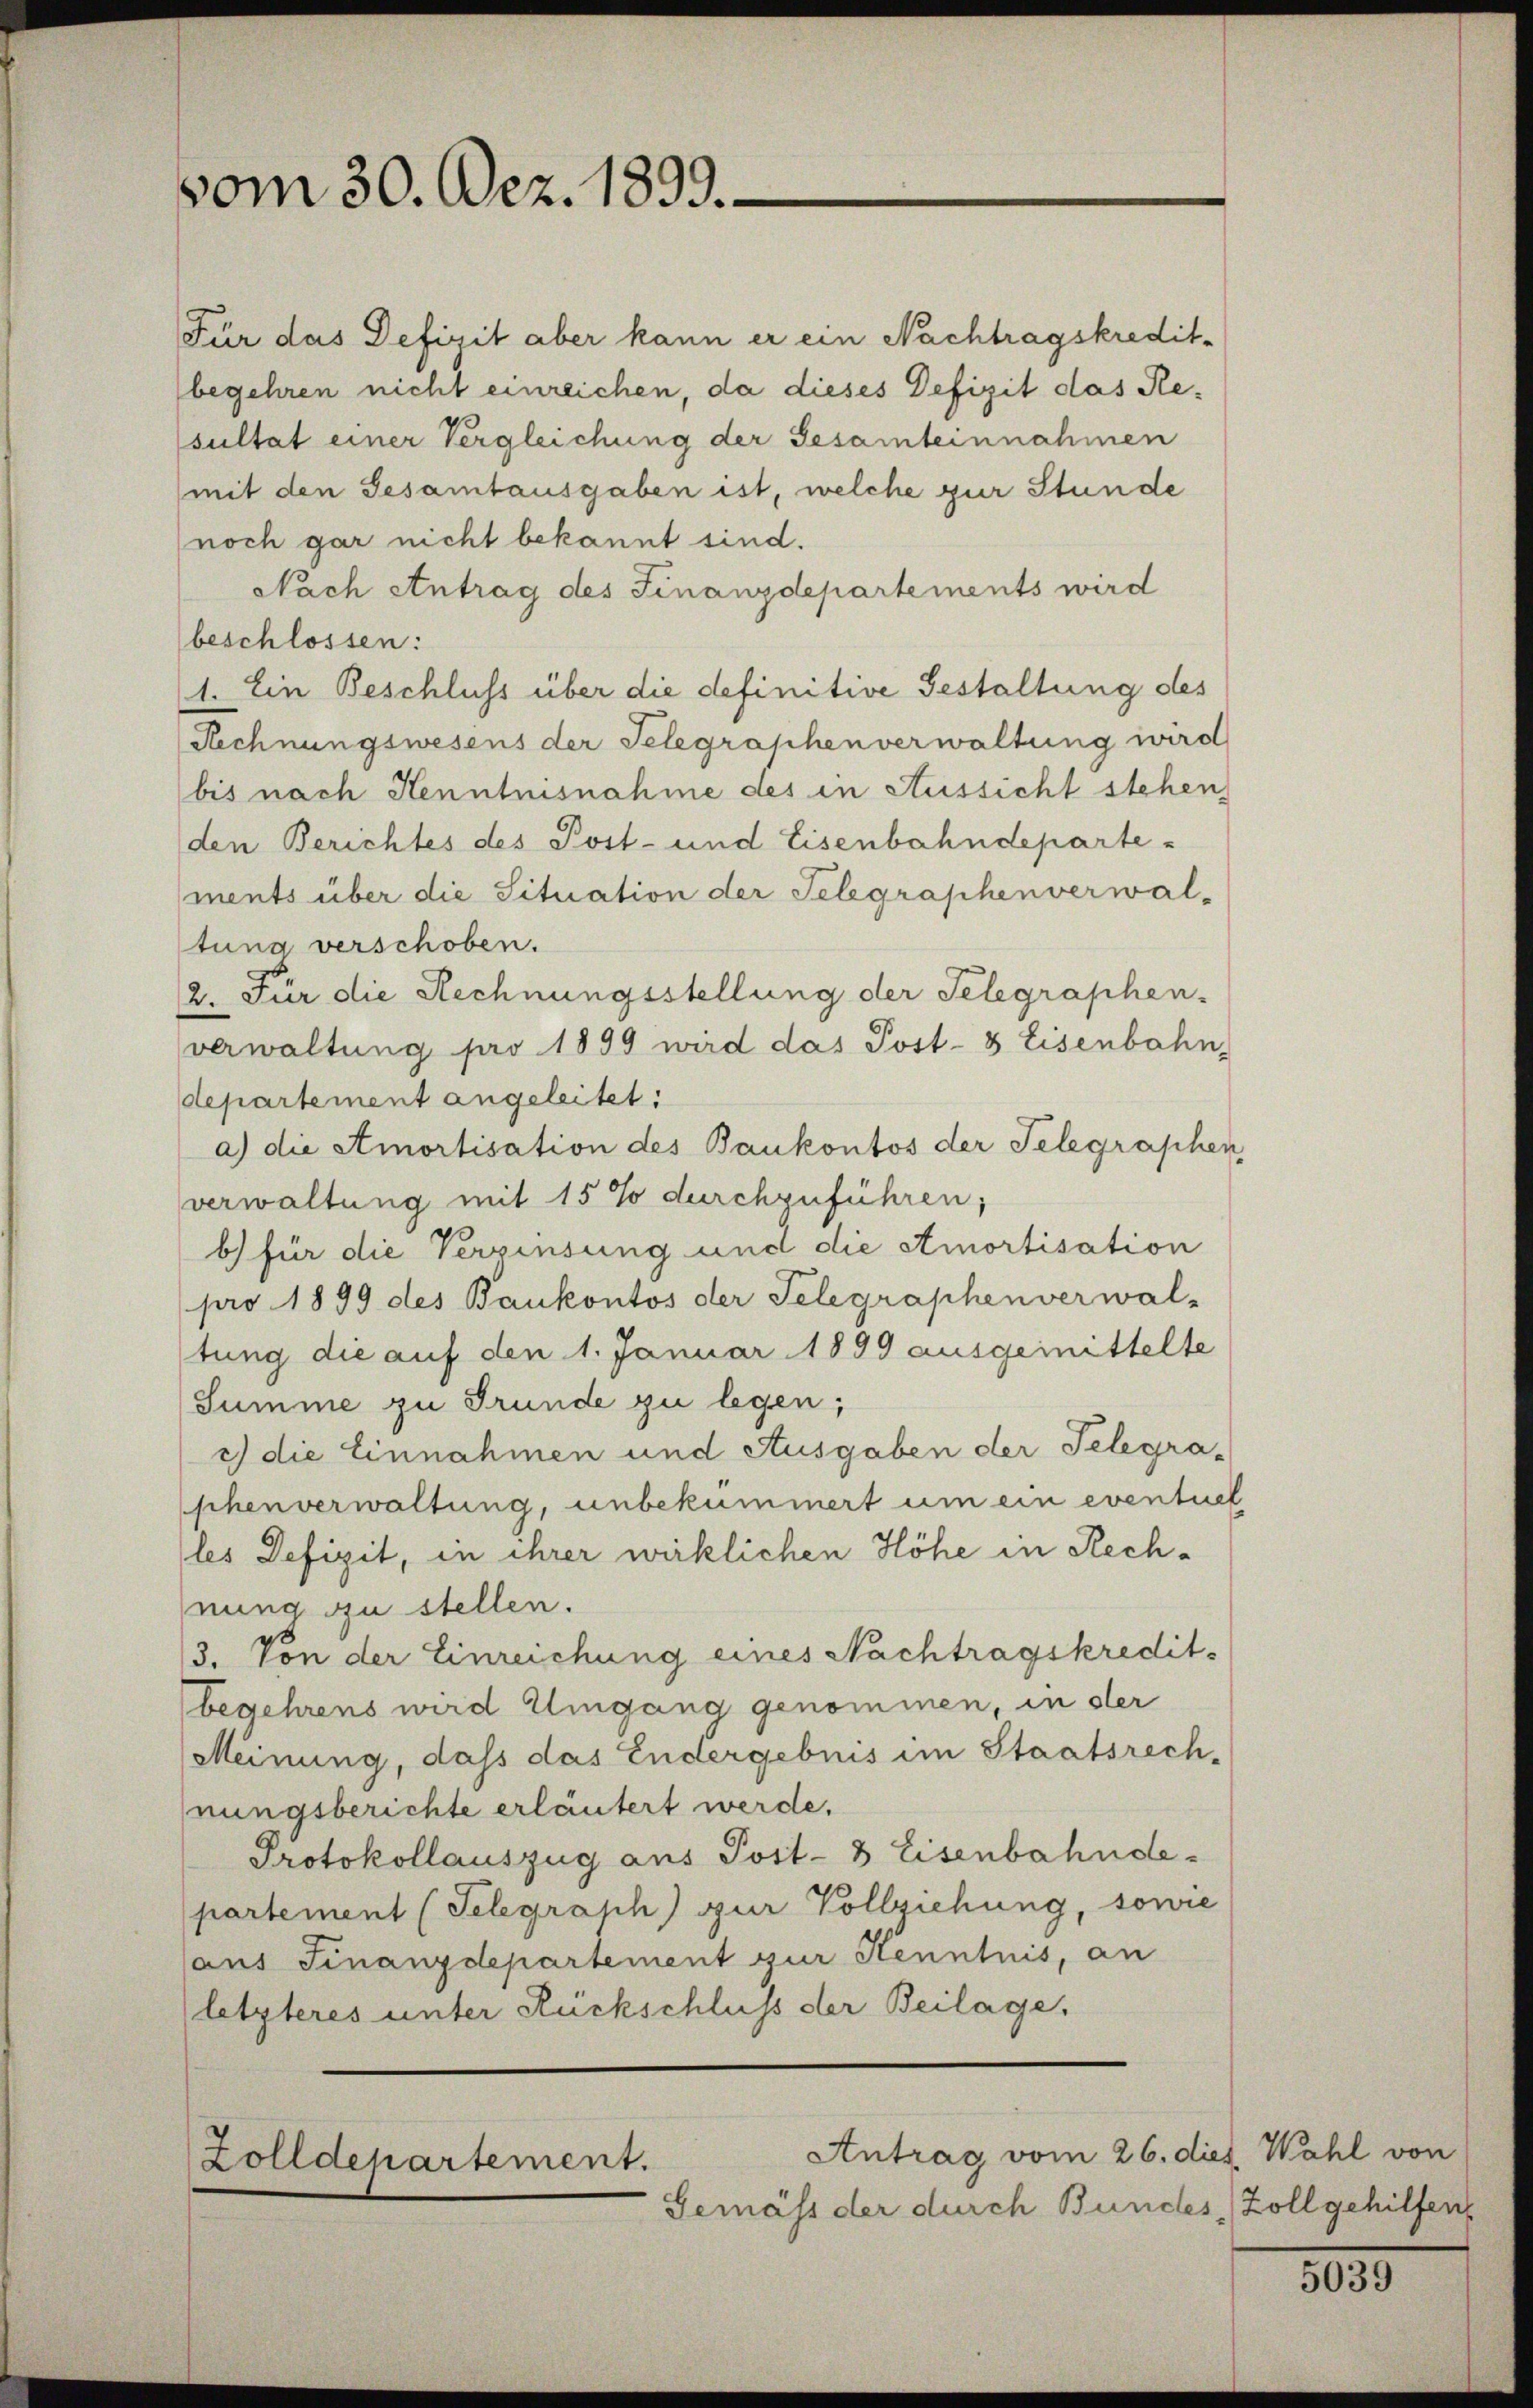
vom 30. Dez. 1899.

Für das Defizit aber kann er ein Nachtragskredit-
begehren nicht einreichen, da dieses Defizit das Resultat einer Vergleichung der Gesamteinnahmen
mit den Gesamtausgaben ist, welche zur Stunde
noch gar nicht bekannt sind.
Nach Antrag des Finanzdepartements wird
beschlossen:
1. Ein Beschluss über die definitive Gestaltung des
Rechnungswesens der Telegraphenverwaltung wird
bis nach Henntnisnahme des in Aussicht stehen,
den Berichtes des Post- und Eisenbahndeparte-
ments über die Situation der Telegraphenverwal-
stung verschoben.
2. Für die Rechnungsstellung der Telegraphen-
verwaltung pro 1899 wird das Post- & Eisenbahn,
departement angeleitet:
a) die Amortisation des Bankontos der Telegrapher
verwaltung mit 15 % durchzuführen;
b) für die Verzinsung und die Amortisation
pro 1899 des Baukontos der Telegraphenverwal-
tung die auf den 1. Januar 1899 ausgemittelte
Summe zu Grunde zu legen;
c) die Einnahmen und Ausgaben der Telegraphenverwaltung, unbekümmert um ein eventur
(les Defizit, in ihrer wirklichen Höhe in Rechnung zu stellen.
3. Von der Einreichung eines Nachtragskredit-
begehrens wird Umgang genommen, in der
Meinung, dass das Endergebnis im Staatsrech-
nungsberichte erläutert werde.
Protokollauszug aus Post- & Eisenbahndepartement (Telegraph) zur Vollziehung, sowie
aus Finanzdepartement zur Kenntnis, an
(letzteres unter Rückschluss der Beilage,
Antrag vom 26. dies Wahl von
Zolldepartement.
Gemäss der durch Bundes Zoll gehilfen

5039